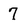
Character: 7